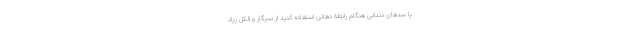
یا سدهای دندانی هنگام رابطة دهانی استفاده کنید از سیگار و الکل زیاد